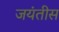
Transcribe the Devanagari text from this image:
जयंतीस